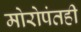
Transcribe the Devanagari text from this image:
मोरोपंतही